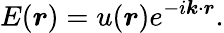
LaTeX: {E}(\boldsymbol{r})={u}(\boldsymbol{r})e^{-i\boldsymbol{k}\cdot\boldsymbol{r}}.